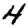
Digit: 4